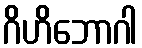
ဂိဟိဘောဂါ